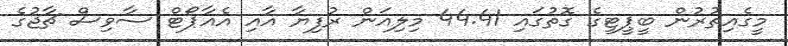
މީގެއިތުރުން ބީޕީޓީގެ ގޮތުގައި 44.41 މިލިއަން ރުފިޔާ އާއި އެއާޕޯޓް ސާވިސް ޗާޖުގެ